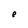
Character: e